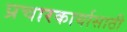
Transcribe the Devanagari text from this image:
प्रचारकार्यासाठी